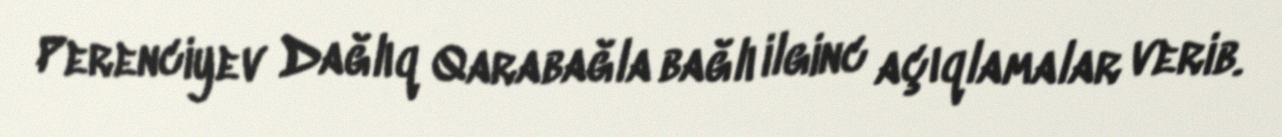
Perenciyev Dağlıq Qarabağla bağlı ilginc açıqlamalar verib.